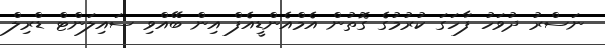
ނަސްރު ދުވަހު ފާހަގަ ކުރުމުގެ ގޮތުން އެމްއެންޑީއެފް އިން ބޭއްވި ސައިލަންޓް ޑްރިލް